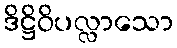
ဒိဋ္ဌိဝိပလ္လာသော